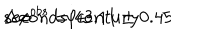
\Delta \phi ^ { o b s } = 4 3 . 1 1 \pm 0 . 4 5 \hspace { 0 . 5 c m } s e c o n d s / c e n t u r y